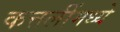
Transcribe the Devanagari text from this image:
कत्तलींमध्ये